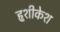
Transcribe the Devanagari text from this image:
हृशीकेश